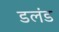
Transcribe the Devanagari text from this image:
डलंड